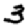
Digit: 3